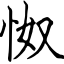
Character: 怓